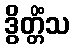
ဒွိတ္တိံသ